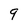
Character: 9